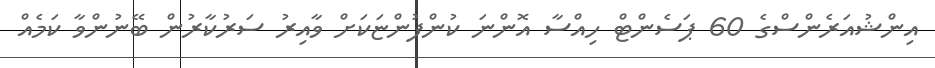
އިންޝުއަރެންސްގެ 60 ޕަސެންޓް ހިއްސާ އޮންނަ ކުންފުންޏަކަށް ވާއިރު ސަރުކާރުން ބޭނުންވާ ކަމެއް